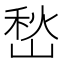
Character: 𭖽